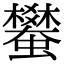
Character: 蠜